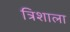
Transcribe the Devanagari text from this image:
त्रिशाला